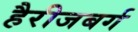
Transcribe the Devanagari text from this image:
हैरीजबर्ग